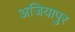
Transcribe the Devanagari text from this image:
अजियापुर